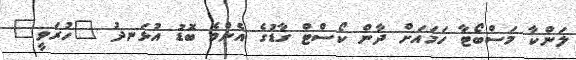
ލަންކާ މަސްބޯޓާ ހަމައަށް ދާން ކޯސްޓް ގާޑުގެ އެންމެ ބޮޑު އުޅަނދު "ހުރަވީ"